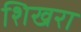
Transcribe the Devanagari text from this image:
शिखरा